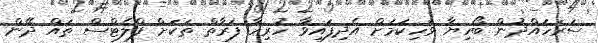
ސަރަހައްދުން ބޯހިޔާ ވަހިކަމަށް އެދިފައިވާ ހުރިހާ ފަރާތް ތަކަށް ފްލެޓްސް ތައް ދޭން